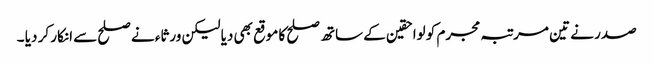
صدر نے تین مرتبہ مجرم کو لواحقین کے ساتھ صلح کا موقع بھی دیا لیکن ورثاء نے صلح سے انکار کر دیا ۔